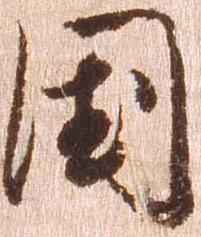
国